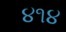
૪૧૪